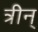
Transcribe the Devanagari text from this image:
त्रीन्